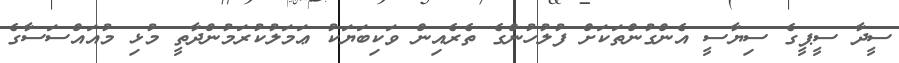
ސީދާ ސީޕީގެ ސިޔާސީ އެންގުންތަކަށް ފުލުހުންގެ ތެރެއިން ވަކިބަޔަކު ޢަމަލުކުރަމުންދާތީ މުޅި މުއައްސަސާގެ